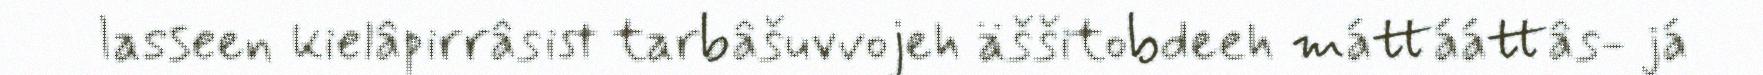
lasseen kielâpirrâsist tarbâšuvvojeh äššitobdeeh máttááttâs- já